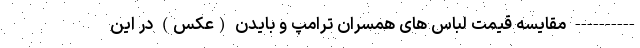
---------- مقایسه قیمت لباس های همسران ترامپ و بایدن (عکس) در این